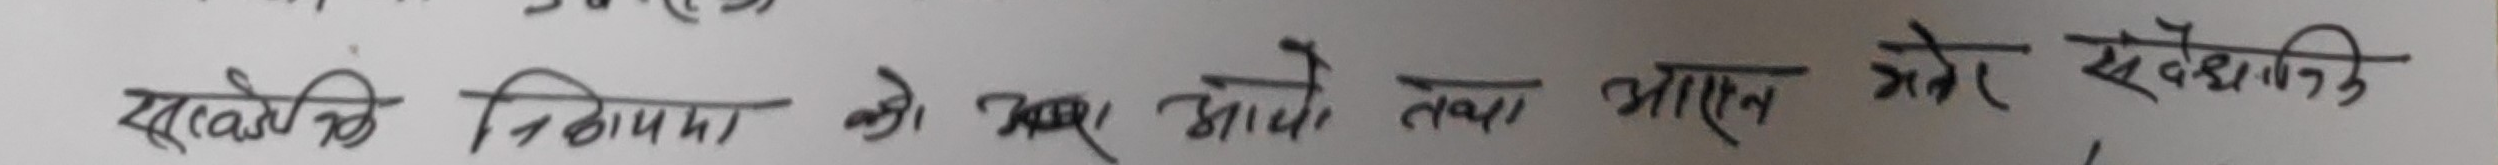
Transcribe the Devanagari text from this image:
साकोलि निनायमा को एक आयोग तथा आसन मेग सैद्धानिक